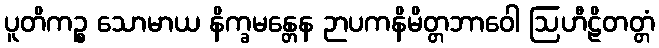
ပူတိကဉ္စ သောမာယ နိက္ခမန္တေန ဉာပကနိမိတ္တဘာဝေါ ဩဟီဠိတတ္တံ